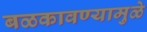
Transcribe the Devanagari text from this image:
बळकावण्यामुळे